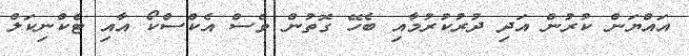
އައްޔަން ކުރުން އަދި ދުރުކުރުމާއި ބެހޭ ގޮތުން ވެސް އެކްސްކޯ އާއި ޓެކްނިކަލް